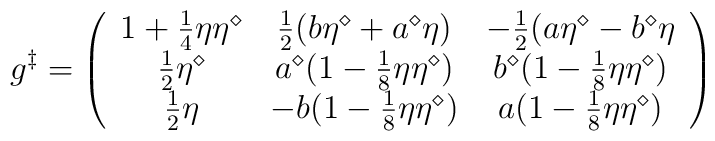
g^\ddag=\left(\begin{array}{ccc}1+{1\over 4}\eta\eta^\diamond&{1\over 2}(b\eta^\diamond+a^\diamond\eta)&-{1\over 2}(a\eta^\diamond-b^\diamond\eta\\{1\over 2}\eta^\diamond&a^\diamond(1-{1\over  8}\eta\eta^\diamond)&b^\diamond(1-{1\over 8}\eta\eta^\diamond)\\{1\over 2}\eta&-b(1-{1\over  8}\eta\eta^\diamond)& a(1-{1\over 8}\eta\eta^\diamond)\end{array}\right)